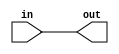
// -*- verilog -*-
//
//  USRP - Universal Software Radio Peripheral
//
//  Copyright (C) 2003 Matt Ettus
// 
//  SPDX-License-Identifier: LGPL-3.0-or-later
//

//


// Sign extension "macro"
// bits_out should be greater than bits_in

module sign_extend (in,out);
	parameter bits_in=0;  // FIXME Quartus insists on a default
	parameter bits_out=0;
	
	input [bits_in-1:0] in;
	output [bits_out-1:0] out;
	
	assign out = {{(bits_out-bits_in){in[bits_in-1]}},in};
	
endmodule